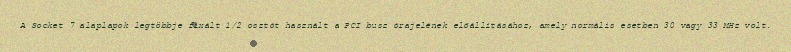
A Socket 7 alaplapok legtöbbje fixált 1/2 osztót használt a PCI busz órajelének előállításához, amely normális esetben 30 vagy 33 MHz volt.